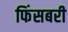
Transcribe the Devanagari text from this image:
फिंसबरी